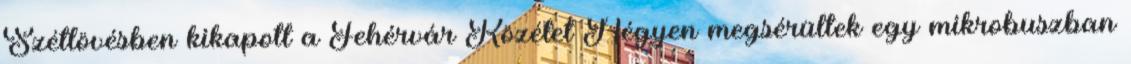
Szétlövésben kikapott a Fehérvár Közélet Négyen megsérültek egy mikrobuszban